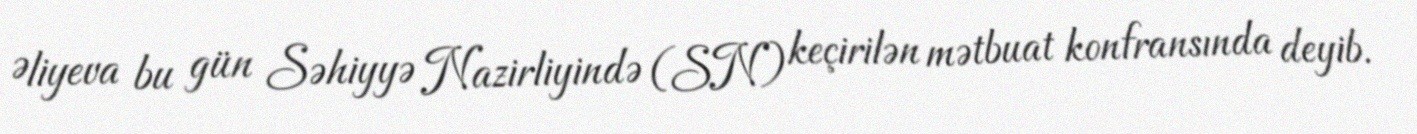
Əliyeva bu gün Səhiyyə Nazirliyində (SN) keçirilən mətbuat konfransında deyib.